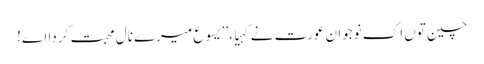
چین توں اِک نوجوان عورت نے کہیا، ’’یسوع میرے نال محبت کردا اے!